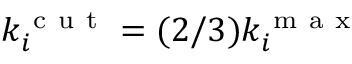
k _ { i } ^ { \mathrm { ~ c ~ u ~ t ~ } } = ( 2 / 3 ) k _ { i } ^ { \mathrm { ~ m ~ a ~ x ~ } }